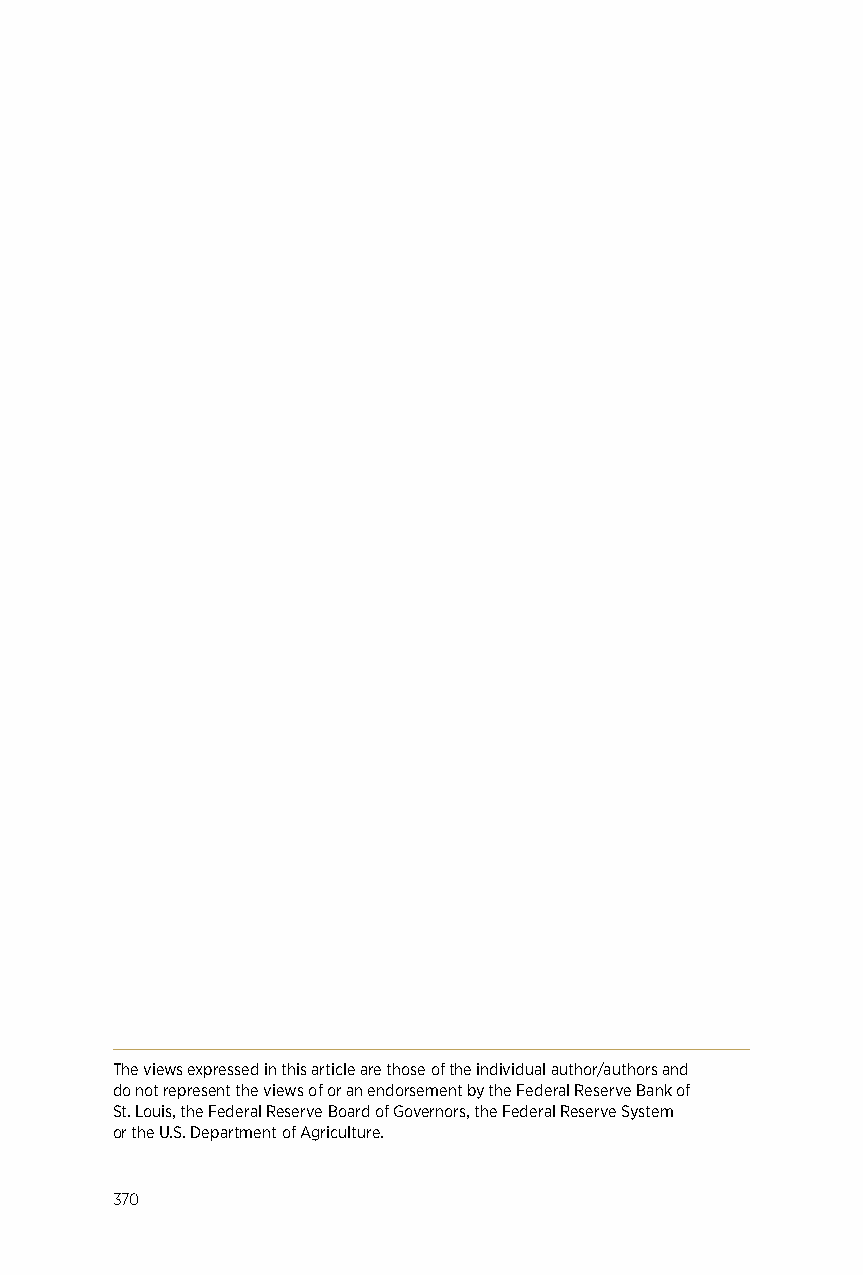
The views expressed in this article are those of the individual author/authors and
 do not represent the views of or an endorsement by the Federal Reserve Bank of
 St. Louis, the Federal Reserve Board of Governors, the Federal Reserve System
 or the U.S. Department of Agriculture.
 370